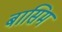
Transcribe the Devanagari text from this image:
बासिम